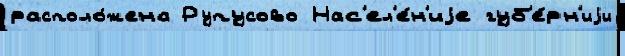
располо́жена Рупусово Нас'ел'е́н'иjе губ'е́рн'иjи